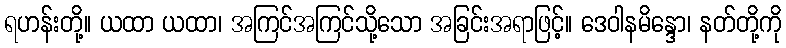
ရဟန်းတို့။ ယထာ ယထာ၊ အကြင်အကြင်သို့သော အခြင်းအရာဖြင့်။ ဒေဝါနမိန္ဒော၊ နတ်တို့ကို